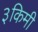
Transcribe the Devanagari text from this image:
३किमी